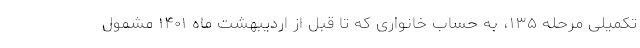
تکمیلی مرحله ۱۳۵، به حساب خانواری که تا قبل از اردیبهشت ماه ۱۴۰۱ مشمول